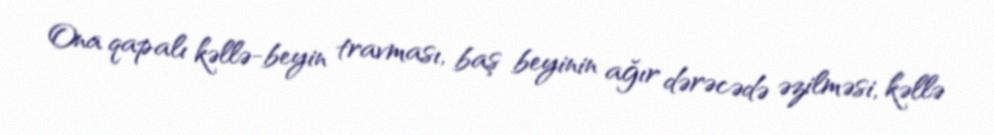
Ona qapalı kəllə-beyin travması, baş beyinin ağır dərəcədə əzilməsi, kəllə